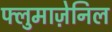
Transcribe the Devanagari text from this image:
फ्लुमाज़ेनिल